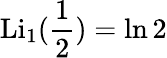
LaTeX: \operatorname{Li}_{1}({\frac{1}{2}})=\ln 2